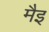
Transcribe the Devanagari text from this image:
मैइ